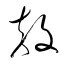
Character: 敖